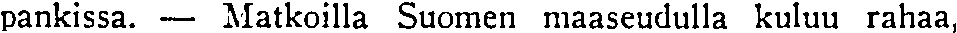
pankissa. — Matkoilla Suomen maaseudulla kuluu rahaa,